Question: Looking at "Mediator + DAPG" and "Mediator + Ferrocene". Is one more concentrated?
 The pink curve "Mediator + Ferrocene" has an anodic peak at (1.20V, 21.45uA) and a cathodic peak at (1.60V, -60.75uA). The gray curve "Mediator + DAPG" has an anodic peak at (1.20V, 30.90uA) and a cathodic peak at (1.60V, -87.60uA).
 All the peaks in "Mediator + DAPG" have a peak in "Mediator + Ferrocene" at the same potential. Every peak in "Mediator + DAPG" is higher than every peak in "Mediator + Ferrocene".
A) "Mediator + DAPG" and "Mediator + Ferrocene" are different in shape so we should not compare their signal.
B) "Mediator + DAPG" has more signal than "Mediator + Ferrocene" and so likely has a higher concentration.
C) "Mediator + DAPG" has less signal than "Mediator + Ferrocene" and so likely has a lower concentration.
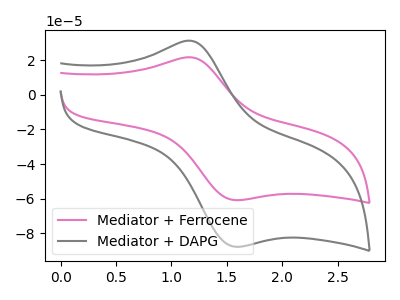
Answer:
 <answer>B) "Mediator + DAPG" has more signal than "Mediator + Ferrocene" and so likely has a higher concentration.</answer>
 <eval>B</eval>